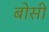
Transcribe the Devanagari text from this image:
बोसी